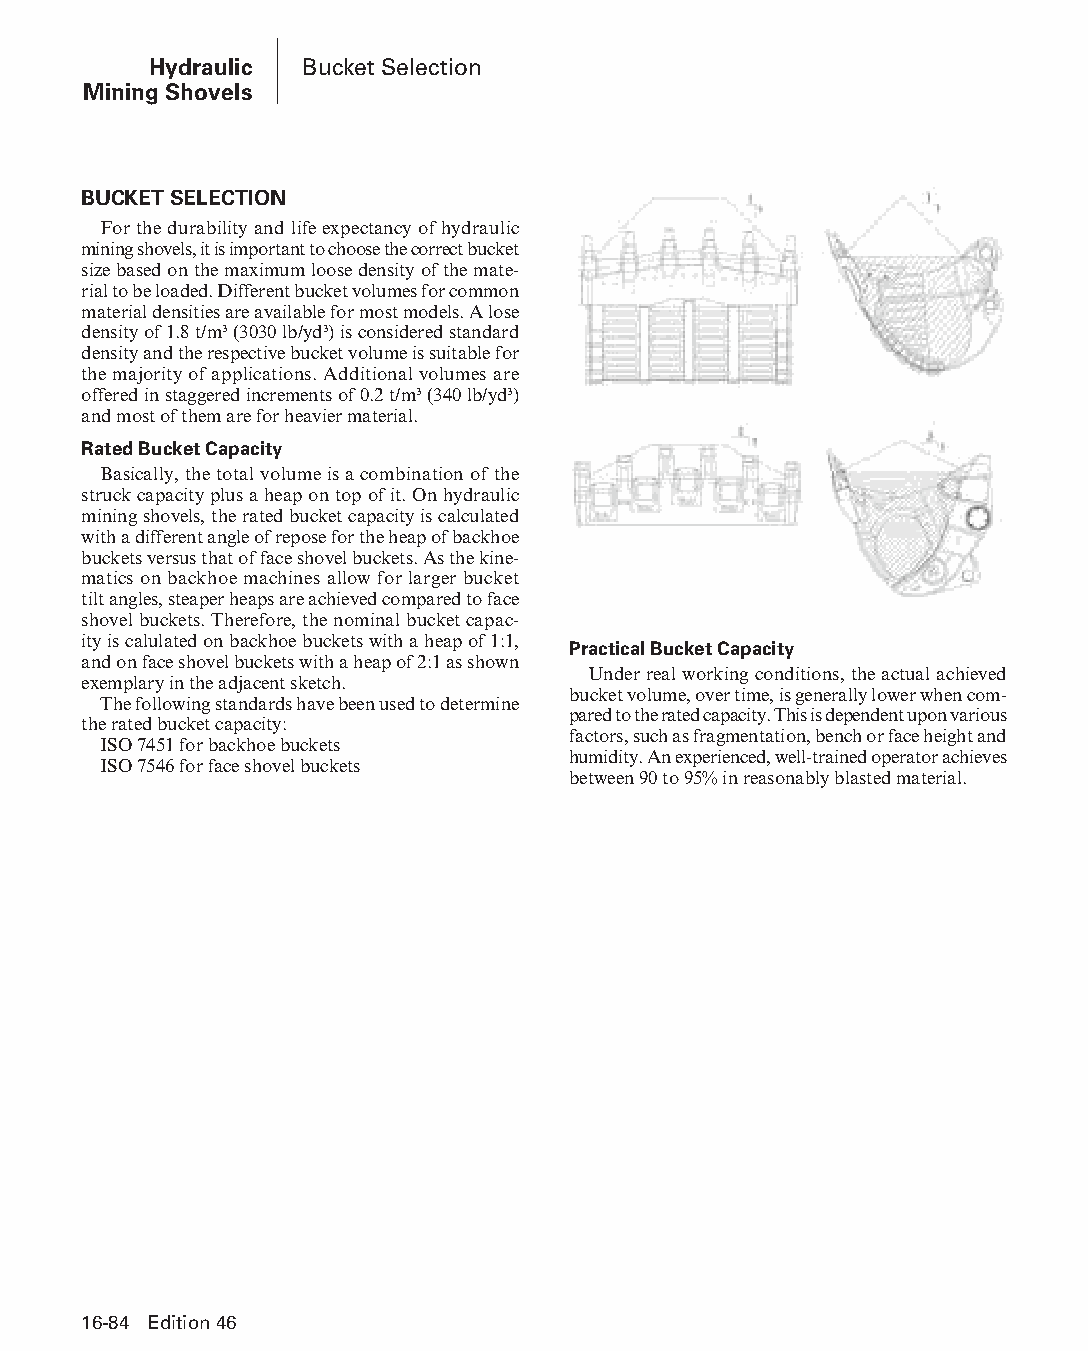
Hydraulic Bucket Selection
 Mining Shovels
 BUCKET SELECTION
 For the durability and life expectancy of hydraulic
 mining shovels, it is important to choose the correct bucket
 size based on the maximum loose density of the mate-
 rial to be loaded. Different bucket volumes for common
 mate rial densities are available for most models. A lose
 density of 1.8 t/m³ (3030 lb/yd³) is considered standard
 density and the respective bucket volume is suitable for
 the majority of applications. Additional volumes are
 offered in staggered increments of 0.2 t/m³ (340 lb/yd³)
 and most of them are for heavier material.
 Rated Bucket Capacity
 Basically, the total volume is a combination of the
 struck capacity plus a heap on top of it. On hydraulic
 mining shovels, the rated bucket capacity is calculated
 with a different angle of repose for the heap of backhoe
 buckets versus that of face shovel buckets. As the kine-
 matics on backhoe machines allow for larger bucket
 tilt angles, steaper heaps are achieved compared to face
 shovel buckets. Therefore, the nominal bucket capac-
 ity is calulated on backhoe buckets with a heap of 1:1,
 Practical Bucket Capacity
 and on face shovel buckets with a heap of 2:1 as shown
 Under real working conditions, the actual achieved
 exemplary in the adjacent sketch.
 bucket volume, over time, is generally lower when com-
 The following standards have been used to determine
 pared to the rated capacity. This is dependent upon various
 the rated bucket capacity:
 factors, such as fragmentation, bench or face height and
 ISO 7451 for backhoe buckets
 humidity. An experienced, well-trained operator achieves
 ISO 7546 for face shovel buckets
 between 90 to 95% in reasonably blasted material.
 16-84 Edition 46
 PPHHBB--SSeecc1166--HHyyddrraauulliiccMMiinniinnggSShhoovveellss((ppgg004499--111100))..iinndddd 8844 1122//44//1155 1100::5544 AAMM